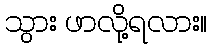
သွား ဖာလို့ရလား။